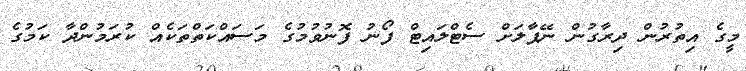
މީގެ އިތުރުން ދިރާގުން ނޭޕާލަށް ސެޓްލައިޓް ފޯނު ފޮނުވުމުގެ މަސައްކަތްތަކެއް ކުރަމުންދާ ކަމުގެ